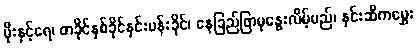
မိုးနှင့်ရေ၊ တခိုင်နှစ်ခိုင်နှင်းပန်းခိုင်၊ နေခြည်ဖြာမှနွေးလိမ့်မည်၊ နှင်းဆီကမွှေး